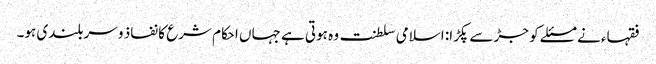
فقہاء نے مسئلے کو جڑ سے پکڑا: اسلامی سلطنت وہ ہوتی ہے جہاں احکام شرع کا نفاذ و سربلندی ہو۔